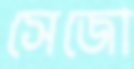
সেজো